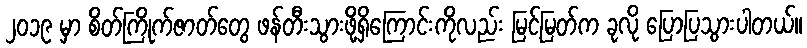
၂၀၁၉ မှာ စိတ်ကြိုက်ဇာတ်တွေ ဖန်တီးသွားဖို့ရှိကြောင်းကိုလည်း မြင့်မြတ်က ခုလို ပြောပြသွားပါတယ်။